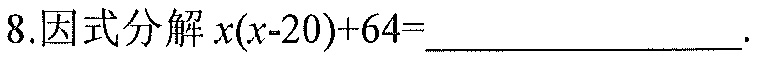
8.因式分解 \(x(x - 20)+64=\underline{\quad\quad}\).